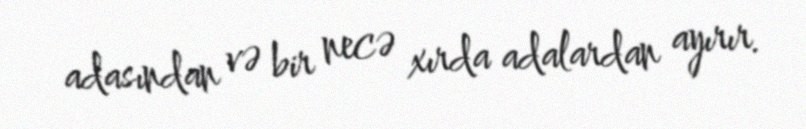
adasından və bir necə xırda adalardan ayırır.